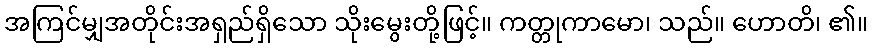
အကြင်မျှအတိုင်းအရှည်ရှိသော သိုးမွေးတို့ဖြင့်။ ကတ္တုကာမော၊ သည်။ ဟောတိ၊ ၏။